Vaccination North-Western Provinces and Oudh 1896-1901 - 1896-1901
Year: 1896
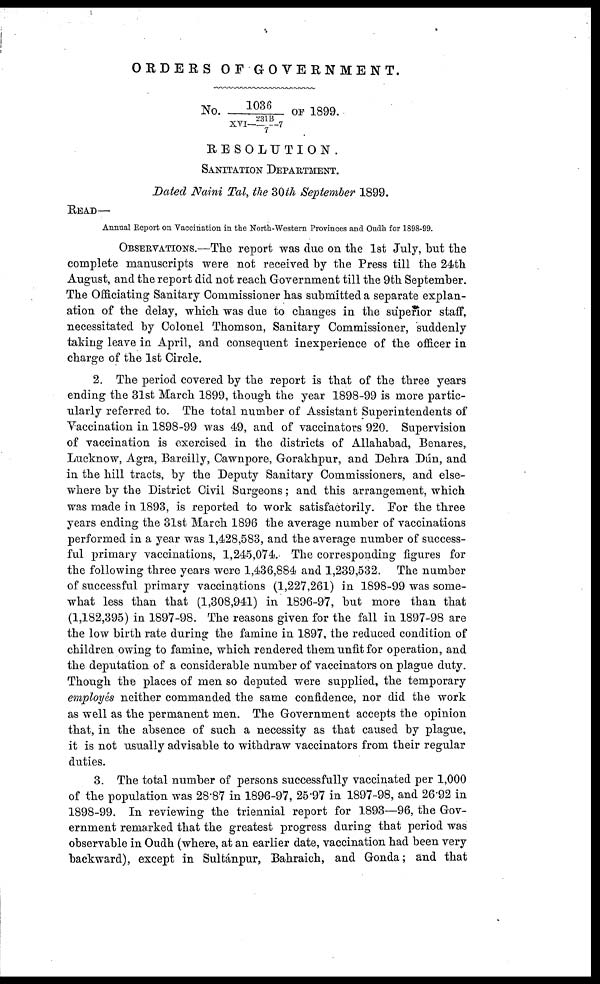
ORDERS OF
GOVERNMENT.
No.
1036 / XVI —2 3 1 B/ 7 - 7 OF 1899.
RESOLUTION.
SANITATION DEPARTMENT.
Dated Naini Tal, the 30th September 1899.
READ—
Annual Report on Vaccination in the North-Western Provinces and Oudh for 1898-99.
OBSERVATIONS.—The report was due on the 1st July, but the
complete manuscripts were not received by the Press till the 24th
August, and the report did not reach Government till the 9th September.
The Officiating Sanitary Commissioner has submitted a separate explan-
ation of the delay, which was due to changes in the superior staff,
necessitated by Colonel Thomson, Sanitary Commissioner, suddenly
taking leave in April, and consequent inexperience of the officer in
charge of the 1st Circle.
2. The period covered by the report is that of the three years
ending the 31st March 1899, though the year 1898-99 is more partic-
ularly referred to. The total number of Assistant Superintendents of
Vaccination in 1898-99 was 49, and of vaccinators 920. Supervision
of vaccination is exercised in the districts of Allahabad, Benares,
Lucknow, Agra, Bareilly, Cawnpore, Gorakhpur, and Dehra Dún, and
in the hill tracts, by the Deputy Sanitary Commissioners, and else-
where by the District Civil Surgeons; and this arrangement, which
was made in 1893, is reported to work satisfactorily. For the three
years ending the 31st March 1896 the average number of vaccinations
performed in a year was 1,428,583, and the average number of success-
ful primary vaccinations, 1,245,074. The corresponding figures for
the following three years were 1,436,884 and 1,239,532. The number
of successful primary vaccinations (1,227,261) in 1898-99 was some-
what less than that (1,308,941) in 1896-97, but more than that
(1,182,395) in 1897-98. The reasons given for the fall in 1897-98 are
the low birth rate during the famine in 1897, the reduced condition of
children owing to famine, which rendered them unfit for operation, and
the deputation of a considerable number of vaccinators on plague duty
Though the places of men so deputed were supplied, the temporary
employés neither commanded the same confidence, nor did the work
as well as the permanent men. The Government accepts the opinion
that, in the absence of such a necessity as that caused by plague,
it is not usually advisable to withdraw vaccinators from their regular
duties.
3. The total number of persons successfully vaccinated per 1,000
of the population was 28.87 in 1896-97, 25.97 in 1897-98, and 26.92 in
1898-99. In reviewing the triennial report for 1893—96, the Gov-
ernment remarked that the greatest progress during that period was
observable in Oudh (where, at an earlier date, vaccination had been very
backward), except in Sultánpur, Bahraich, and Gonda; and that